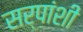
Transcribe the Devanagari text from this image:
सर्पांशी